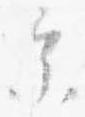
参